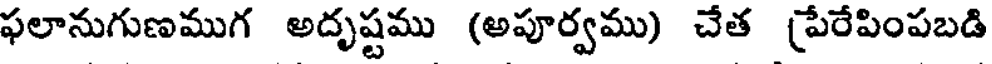
ఫలానుగుణముగ అదృష్టము (అపూర్వము) చేత (పేరేపింపబడి